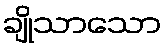
ချိုသာသော